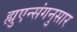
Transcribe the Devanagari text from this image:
ह्युएन्संगनुसार